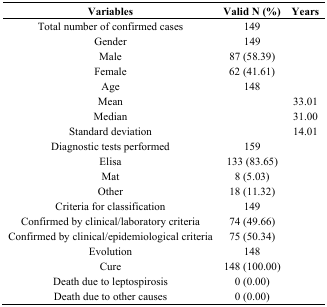
<table><thead><tr><td><b>Variables</b></td><td><b>Valid N (%)</b></td><td><b>Years</b></td></tr></thead><tbody><tr><td>Total number of confirmed cases</td><td>149</td><td></td></tr><tr><td>Gender</td><td>149</td><td></td></tr><tr><td>Male</td><td>87 (58.39)</td><td></td></tr><tr><td>Female</td><td>62 (41.61)</td><td></td></tr><tr><td>Age</td><td>148</td><td></td></tr><tr><td>Mean</td><td></td><td>33.01</td></tr><tr><td>Median</td><td></td><td>31.00</td></tr><tr><td>Standard deviation</td><td></td><td>14.01</td></tr><tr><td>Diagnostic tests performed</td><td>159</td><td></td></tr><tr><td>Elisa</td><td>133 (83.65)</td><td></td></tr><tr><td>Mat</td><td>8 (5.03)</td><td></td></tr><tr><td>Other</td><td>18 (11.32)</td><td></td></tr><tr><td>Criteria for classification</td><td>149</td><td></td></tr><tr><td>Confirmed by clinical/laboratory criteria</td><td>74 (49.66)</td><td></td></tr><tr><td>Confirmed by clinical/epidemiological criteria</td><td>75 (50.34)</td><td></td></tr><tr><td>Evolution</td><td>148</td><td></td></tr><tr><td>Cure</td><td>148 (100.00)</td><td></td></tr><tr><td>Death due to leptospirosis</td><td>0 (0.00)</td><td></td></tr><tr><td>Death due to other causes</td><td>0 (0.00)</td><td></td></tr></tbody></table>